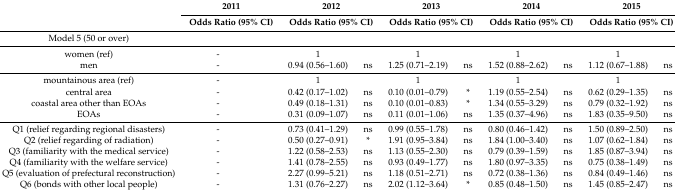
<table><thead><tr><td rowspan="2">[EMPTY_CELL]</td><td colspan="2"><b>2011</b></td><td colspan="2"><b>2012</b></td><td colspan="2"><b>2013</b></td><td colspan="2"><b>2014</b></td><td colspan="2"><b>2015</b></td></tr><tr><td colspan="2"><b>Odds Ratio (95% CI)</b></td><td colspan="2"><b>Odds Ratio (95% CI)</b></td><td colspan="2"><b>Odds Ratio (95% CI)</b></td><td colspan="2"><b>Odds Ratio (95% CI)</b></td><td colspan="2"><b>Odds Ratio (95% CI)</b></td></tr></thead><tbody><tr><td>Model 5 (50 or over)</td><td>[EMPTY_CELL]</td><td>[EMPTY_CELL]</td><td>[EMPTY_CELL]</td><td>[EMPTY_CELL]</td><td>[EMPTY_CELL]</td><td>[EMPTY_CELL]</td><td>[EMPTY_CELL]</td><td>[EMPTY_CELL]</td><td>[EMPTY_CELL]</td><td>[EMPTY_CELL]</td></tr><tr><td>women (ref)</td><td>-</td><td>[EMPTY_CELL]</td><td>1</td><td>[EMPTY_CELL]</td><td>1</td><td>[EMPTY_CELL]</td><td>1</td><td>[EMPTY_CELL]</td><td>1</td><td>[EMPTY_CELL]</td></tr><tr><td>men</td><td>-</td><td>[EMPTY_CELL]</td><td>0.94 (0.56–1.60)</td><td>ns</td><td>1.25 (0.71–2.19)</td><td>ns</td><td>1.52 (0.88–2.62)</td><td>ns</td><td>1.12 (0.67–1.88)</td><td>ns</td></tr><tr><td>mountainous area (ref)</td><td>-</td><td>[EMPTY_CELL]</td><td>1</td><td>[EMPTY_CELL]</td><td>1</td><td>[EMPTY_CELL]</td><td>1</td><td>[EMPTY_CELL]</td><td>1</td><td>[EMPTY_CELL]</td></tr><tr><td>central area</td><td>-</td><td>[EMPTY_CELL]</td><td>0.42 (0.17–1.02)</td><td>ns</td><td>0.10 (0.01–0.79)</td><td>*</td><td>1.19 (0.55–2.54)</td><td>ns</td><td>0.62 (0.29–1.35)</td><td>ns</td></tr><tr><td>coastal area other than EOAs</td><td>-</td><td>[EMPTY_CELL]</td><td>0.49 (0.18–1.31)</td><td>ns</td><td>0.10 (0.01–0.83)</td><td>*</td><td>1.34 (0.55–3.29)</td><td>ns</td><td>0.79 (0.32–1.92)</td><td>ns</td></tr><tr><td>EOAs</td><td>-</td><td>[EMPTY_CELL]</td><td>0.31 (0.09–1.07)</td><td>ns</td><td>0.11 (0.01–1.06)</td><td>ns</td><td>1.35 (0.37–4.96)</td><td>ns</td><td>1.83 (0.35–9.50)</td><td>ns</td></tr><tr><td>Q1 (relief regarding regional disasters)</td><td>-</td><td>[EMPTY_CELL]</td><td>0.73 (0.41–1.29)</td><td>ns</td><td>0.99 (0.55–1.78)</td><td>ns</td><td>0.80 (0.46–1.42)</td><td>ns</td><td>1.50 (0.89–2.50)</td><td>ns</td></tr><tr><td>Q2 (relief regarding of radiation)</td><td>-</td><td>[EMPTY_CELL]</td><td>0.50 (0.27–0.91)</td><td>*</td><td>1.91 (0.95–3.84)</td><td>ns</td><td>1.84 (1.00–3.40)</td><td>ns</td><td>1.07 (0.62–1.84)</td><td>ns</td></tr><tr><td>Q3 (familiarity with the medical service)</td><td>-</td><td>[EMPTY_CELL]</td><td>1.22 (0.58–2.53)</td><td>ns</td><td>1.13 (0.55–2.30)</td><td>ns</td><td>0.79 (0.39–1.59)</td><td>ns</td><td>1.85 (0.87–3.94)</td><td>ns</td></tr><tr><td>Q4 (familiarity with the welfare service)</td><td>-</td><td>[EMPTY_CELL]</td><td>1.41 (0.78–2.55)</td><td>ns</td><td>0.93 (0.49–1.77)</td><td>ns</td><td>1.80 (0.97–3.35)</td><td>ns</td><td>0.75 (0.38–1.49)</td><td>ns</td></tr><tr><td>Q5 (evaluation of prefectural reconstruction)</td><td>-</td><td>[EMPTY_CELL]</td><td>2.27 (0.99–5.21)</td><td>ns</td><td>1.18 (0.51–2.71)</td><td>ns</td><td>0.72 (0.38–1.36)</td><td>ns</td><td>0.84 (0.49–1.46)</td><td>ns</td></tr><tr><td>Q6 (bonds with other local people)</td><td>-</td><td>[EMPTY_CELL]</td><td>1.31 (0.76–2.27)</td><td>ns</td><td>2.02 (1.12–3.64)</td><td>*</td><td>0.85 (0.48–1.50)</td><td>ns</td><td>1.45 (0.85–2.47)</td><td>ns</td></tr></tbody></table>